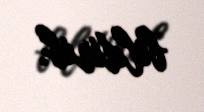
bildirib.